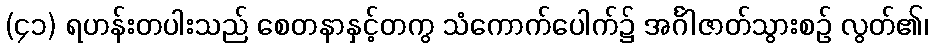
(၄၁) ရဟန်းတပါးသည် စေတနာနှင့်တကွ သံကောက်ပေါက်၌ အင်္ဂါဇာတ်သွားစဉ် လွတ်၏၊